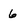
Character: 6